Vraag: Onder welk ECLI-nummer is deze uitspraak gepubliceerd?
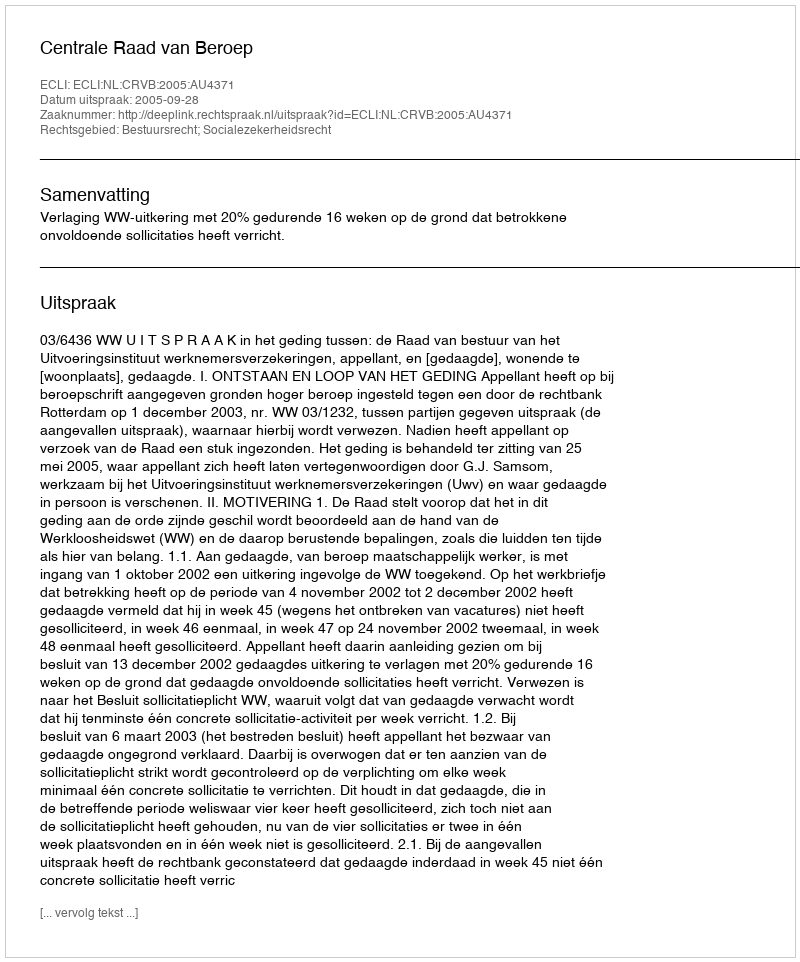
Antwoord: ECLI:NL:CRVB:2005:AU4371